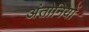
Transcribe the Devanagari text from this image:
अंतोनियों